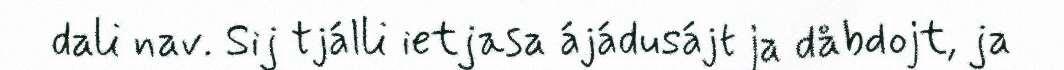
dali nav. Sij tjálli ietjasa ájádusájt ja dåbdojt, ja